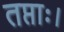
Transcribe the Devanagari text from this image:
तप्ताः।